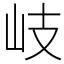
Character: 岐